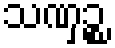
သဏှဉ္စ